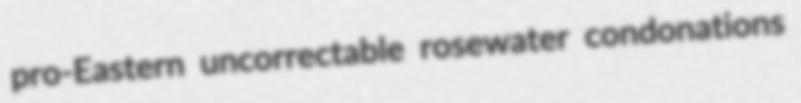
pro-Eastern uncorrectable rosewater condonations